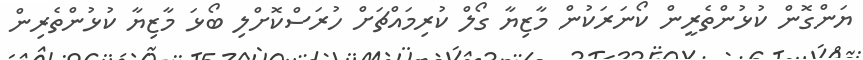
ޔަންގޮން ކުޅުންތެރީން ކޯނަރަކުން މާޒިޔާ ގޯލް ކުރިމައްޗަށް ހުރަސްކޮށްލި ބޯޅަ މާޒިޔާ ކުޅުންތެރިން